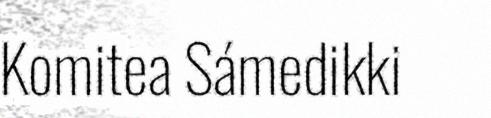
Komitea Sámedikki